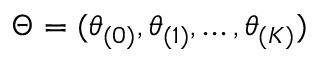
\Theta = ( \theta _ { ( 0 ) } , \theta _ { ( 1 ) } , \ldots , \theta _ { ( K ) } )